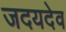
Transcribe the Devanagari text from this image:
जदयदेव